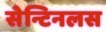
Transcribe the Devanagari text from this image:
सेन्टिनलस